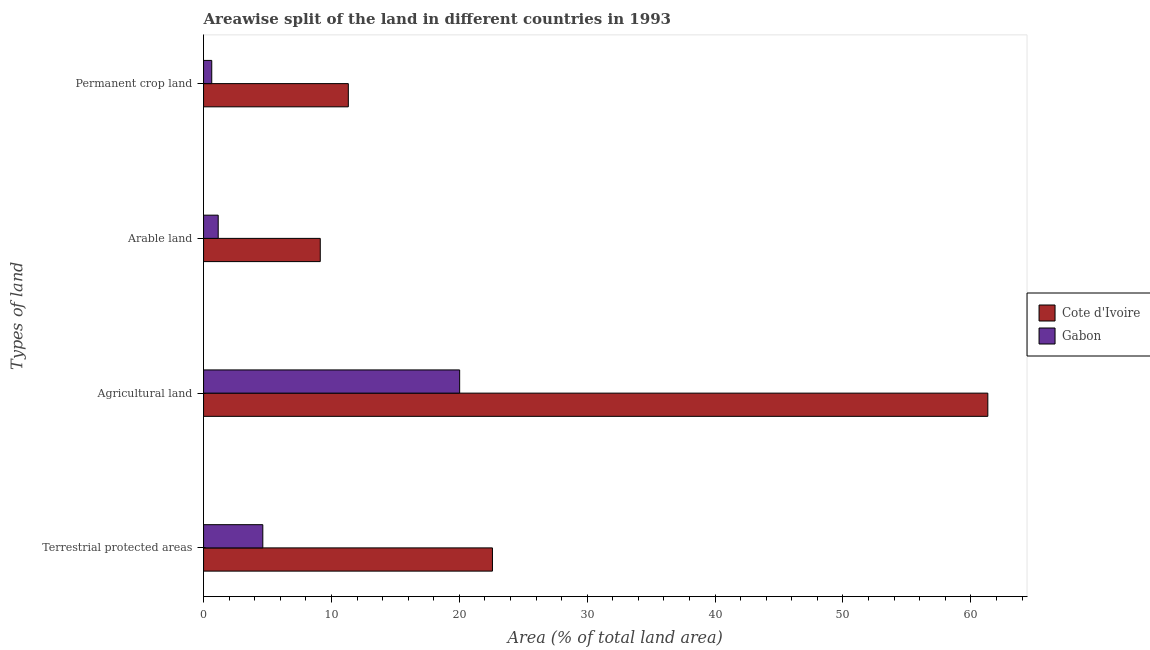
| Types of land | Cote d'Ivoire | Gabon |
 | --- | --- | --- |
 | Terrestrial protected areas | 22.6 | 4.63 |
 | Agricultural land | 61.3 | 20 |
 | Arable land | 9.13 | 1.14 |
 | Permanent crop land | 11.3 | 0.64 |